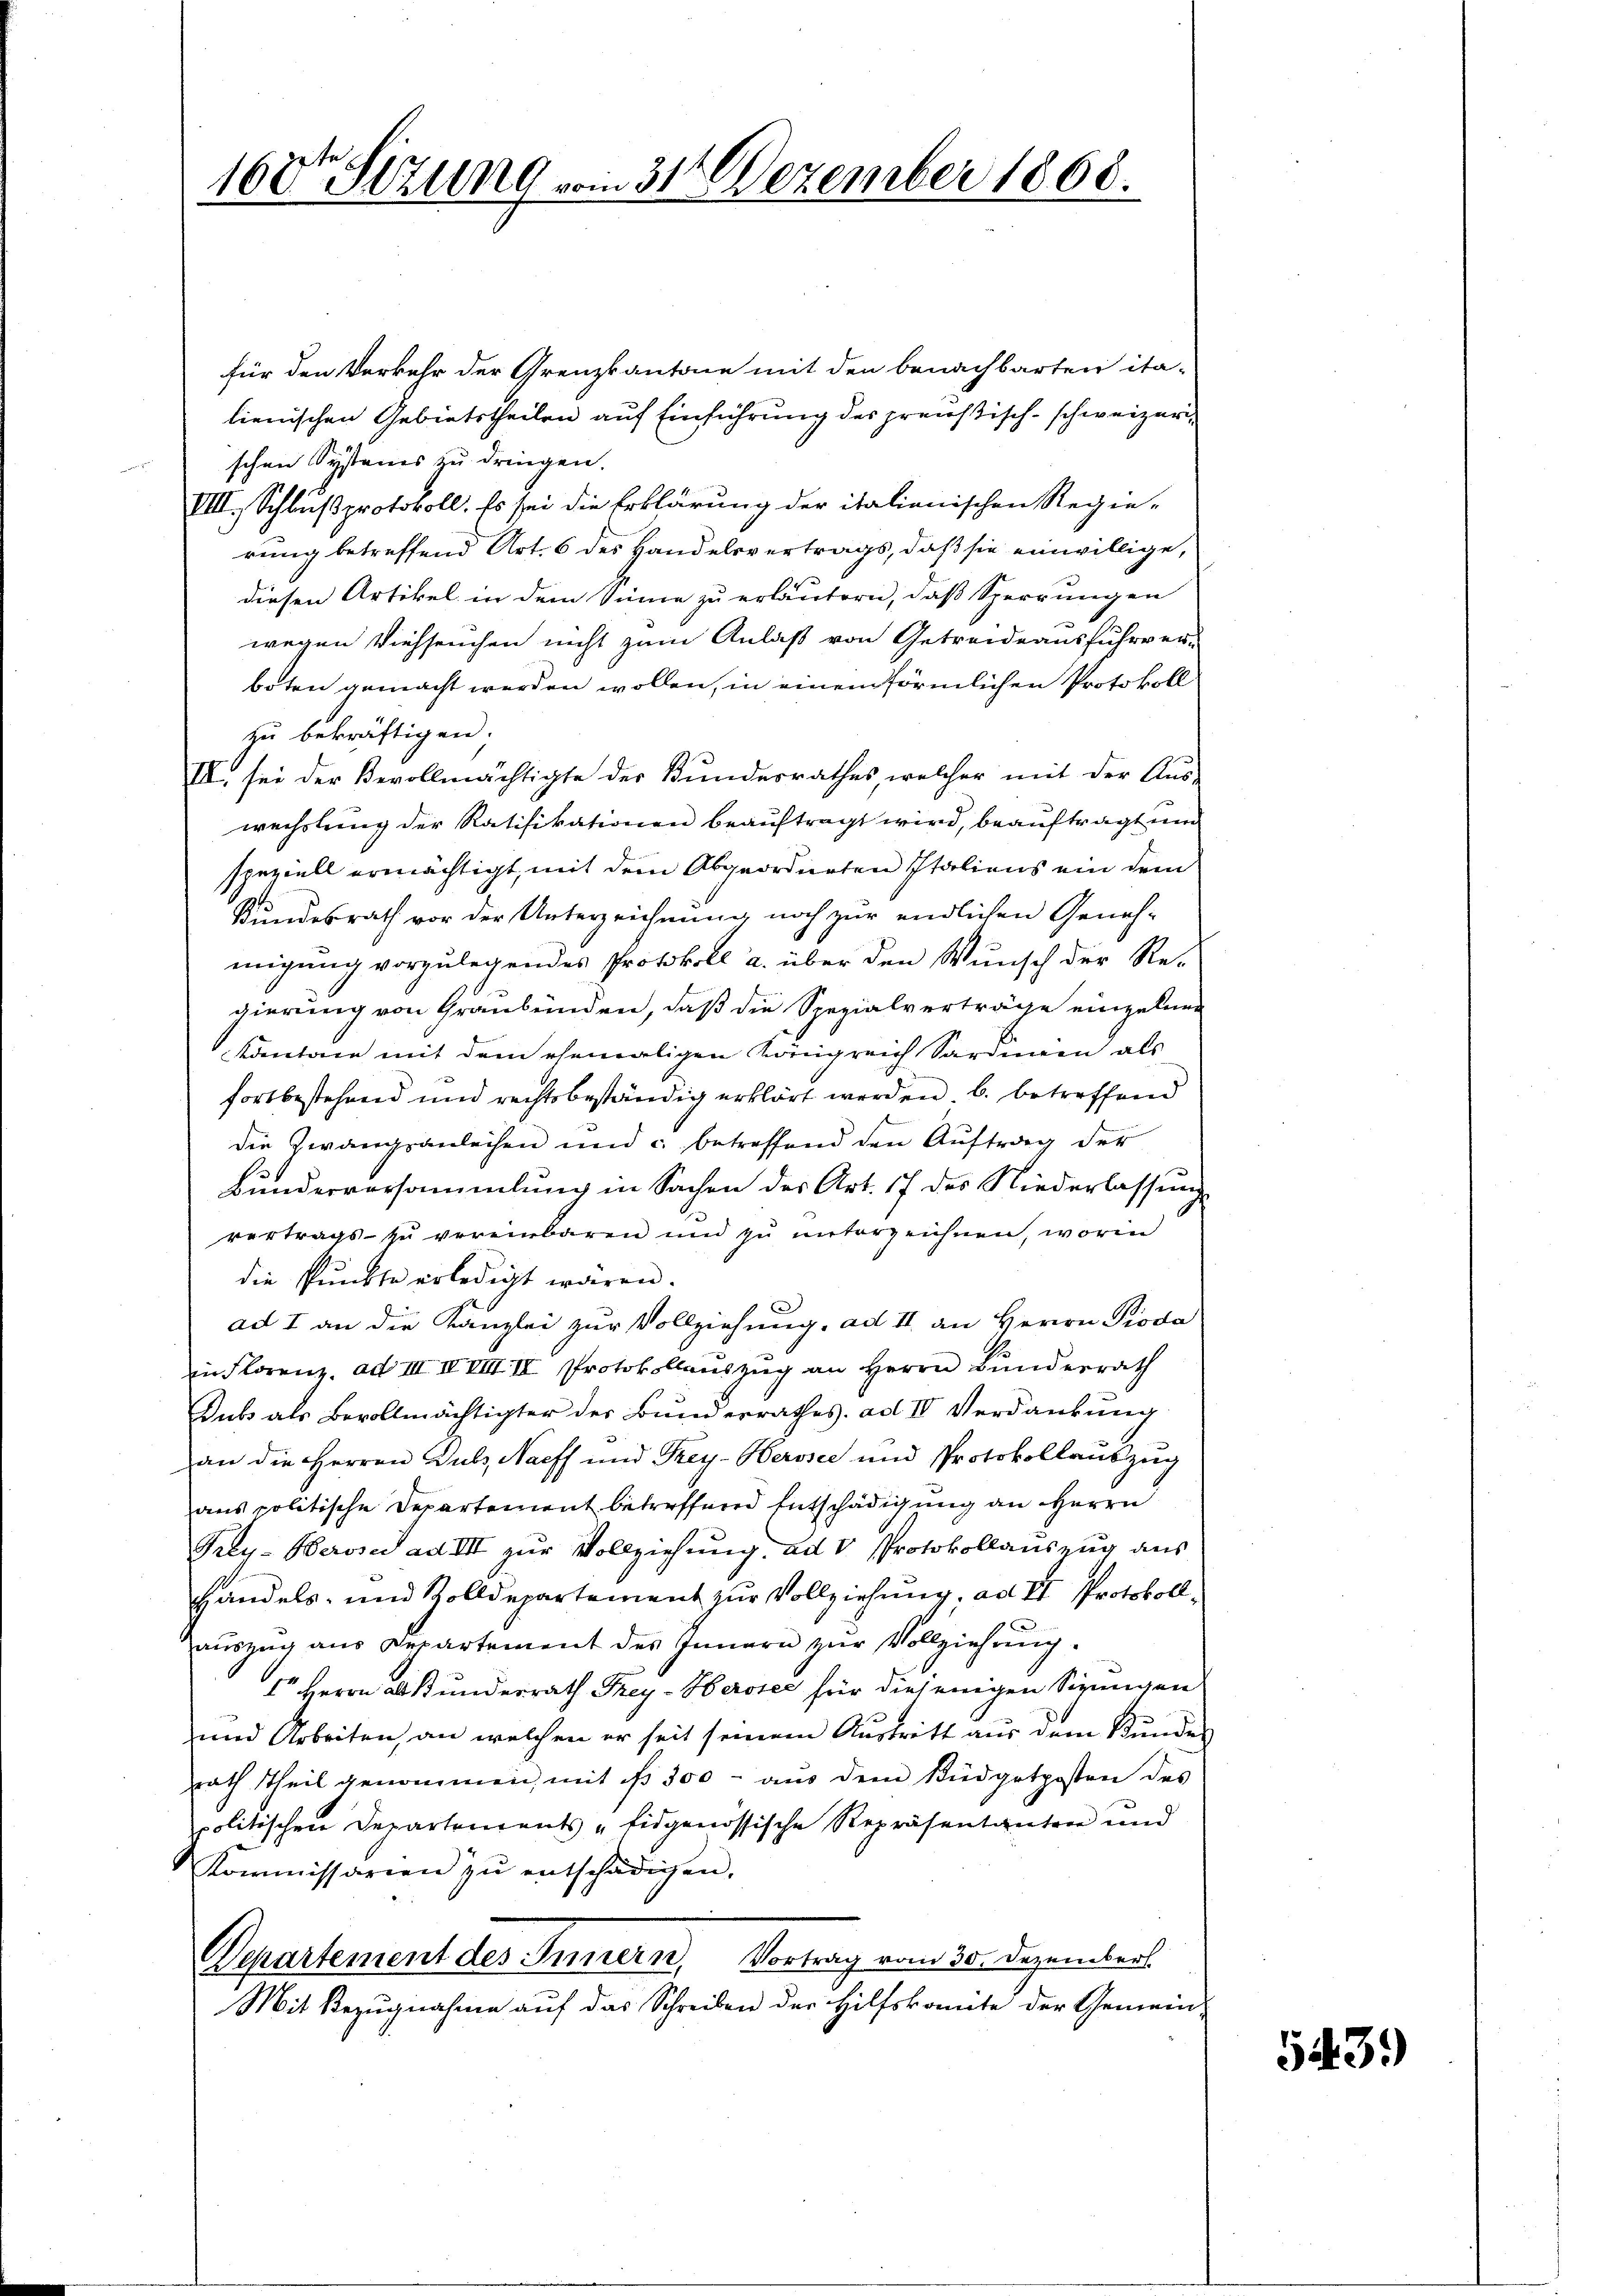
100r Sitzung vom 31. Dezember 1868.

für den Verkehr der Grenzkantone mit den benachbarten ita-
lienischen Gebietstheilen auf Einführung des preistisch-schweizeri
schen Systems zu dringen.
VIII., Schlußprotokoll. Es sei die Erklärung der italienischen Regie-
rung betreffend Art. 6 des Handelsvertrags, daß sie einwillige,
diesen Artikel in dem Sinne zu erläutern, daß Sperrungen
wegen Viehseuchen nicht zum Anlaß von Getreide ausfuhrver-
boten gemacht werden wollen, in einem förmlichen Protokoll
zu bekräftigen.
II sei der Bevollmächtigte der Bundesrathes, welcher mit der Aus-
wechslung der Ratifikationen beauftragt wird, beauftragt und
speziell ermächtigt, mit dem Abgeordneten Italiens ein dem
Kundesrath vor der Unterzeichnung noch zur endlichen Geneh-
migung vorzulegendes Protokoll a. über den Wunsch der Re-
gierung von Graubünden, daß die Spezialverträge einzelung
kantone mit dem ehemaligen Königreich Sardinien als
fortbestehend und rechtsbeständig erklärt werden. b. betreffend
die Zwangsanleihen und c. betreffend den Aŭftrag der
Bunderversammlung in Sachen des Art. 17 des Niederlassung
vertrags zu vereinbaren und zu unterzeichnen, worin
die Punkte erledigt wären.
ad I an die Kanzlei zur Vollziehung, ad II an Herrn Pioda
in Florenz, ad III II VIII. II Protokollauszug an Herrn Bunderrath
Guts als Bevollmächtigter der Bunderrathes. ad IV Verdankung
an die Herren Dubs, Nacff und Frey-Herosec und Protokollauszug
aus politische Departement betreffend Entschädigung an Herrn
Prey-Herose ad III zur Vollziehung. ad V Protokollauszug aus
Handels- und Zolldepartement zur Vollziehung, ad II Protokoll
auszug aus Departement des Innern zur Vollziehung.
f Herrn Abkundesrath Frey-Herster für diejenigen Sizinigen
und Arbeiten, an welchen er seit seinem Austritt aus dem Stundes
rath Theil genommen, mit d. 300 aŭs dem Büdgetposten des
politischen Departements - Eidgenössische Repräsentantere und
Kommissarien zŭ entschädigen.
Departement des Innern, Vortrag vom 30. Dezember
Mit Bezugnahme auf das Schreiben der Hilfskonnte der Gemein-

43.)